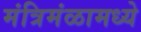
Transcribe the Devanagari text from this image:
मंत्रिमंळामध्ये